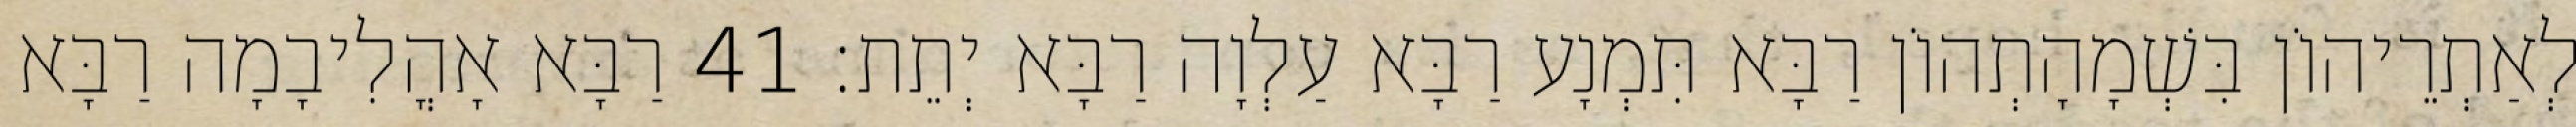
לְאַתְרֵיהוֹן בִּשְׁמָהָתְהוֹן רַבָּא תִּמְנָע רַבָּא עַלְוָה רַבָּא יְתֵת׃ 41 רַבָּא אָהֳלִיבָמָה רַבָּא